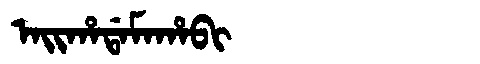
Manchu: ᠠᡳᡥᠠᡩᠠᠮᠠᡥᠠᠪᡳ
Romanization: AIHADAMAHABI